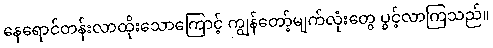
နေရောင်တန်းလာထိုးသောကြောင့် ကျွန်တော့်မျက်လုံးတွေ ပွင့်လာကြသည်။